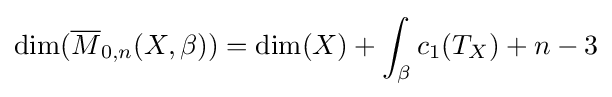
\dim({\overline {M}}_{0,n}(X,\beta ))=\dim(X)+\int _{\beta }c_{1}(T_{X})+n-3